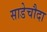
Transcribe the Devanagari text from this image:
साडेचौदा